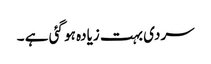
سردی بہت زیادہ ہو گئی ہے ۔